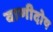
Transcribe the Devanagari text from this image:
वाणीदोष